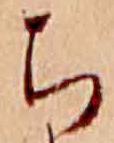
ち